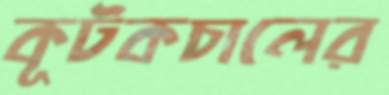
কূটকচালের